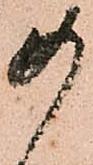
如